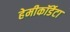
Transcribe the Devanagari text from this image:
हेमीकॉर्डेटा